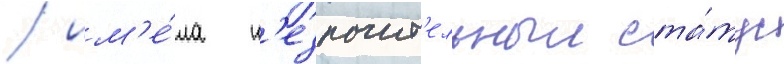
/ им'е́ла н'езначит'ельныи ста́тус